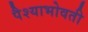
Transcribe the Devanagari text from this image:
पैश्याभोवती